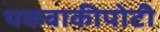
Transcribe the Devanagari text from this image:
थकबाकीपोटी